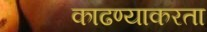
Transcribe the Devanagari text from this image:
काढण्याकरता